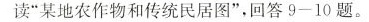
读”某地农作物和传统民居图”，回答9-10题。